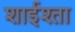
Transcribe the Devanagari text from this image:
शाईश्ता